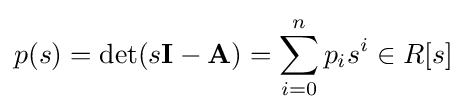
p(s)=\det(s\mathbf {I} -\mathbf {A} )=\sum _{i=0}^{n}p_{i}s^{i}\in R[s]